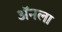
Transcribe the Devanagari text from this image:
ॲनला